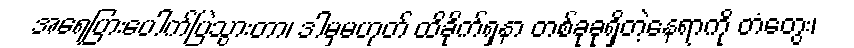
အရေပြားပေါက်ပြဲသွားတာ၊ ဒါမှမဟုတ် ထိခိုက်ရှနာ တစ်ခုခုရှိတဲ့နေရာကို တံတွေး၊